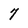
Character: 7